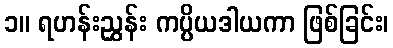
၁။ ရဟန်းညွှန်း ကပ္ပိယဒါယကာ ဖြစ်ခြင်း၊